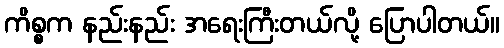
ကိစ္စက နည်းနည်း အရေးကြီးတယ်လို့ ပြောပါတယ်။